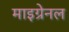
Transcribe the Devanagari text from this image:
माइग्रेनल